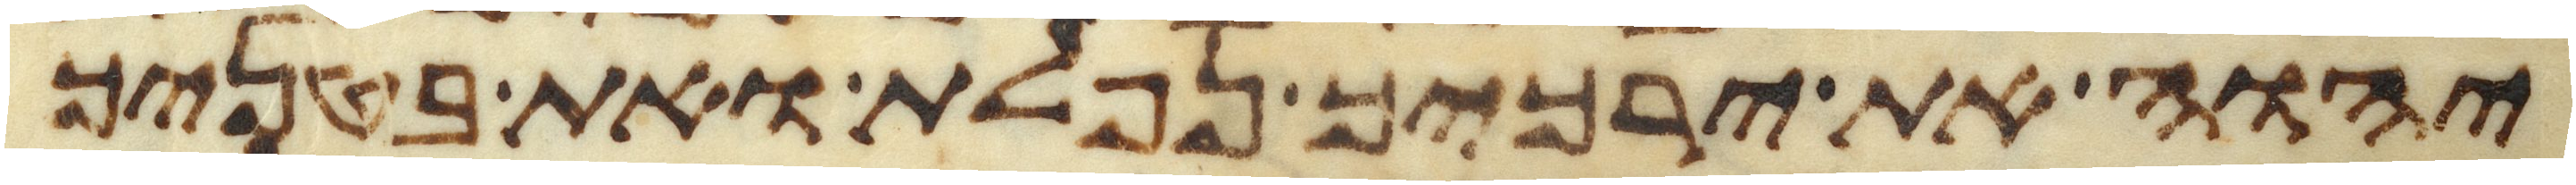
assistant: יהוה את ירכיך נפלת ואת בטניך